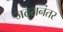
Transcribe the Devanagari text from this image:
जठरानंतर